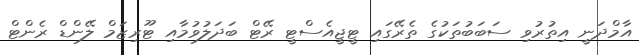
އާމްދަނީ އިތުރުވި ސަބަބުތަކުގެ ތެރޭގައި ޓީޖީއެސްޓީ ރޭޓް ބަދަލުވުމާއި ޓޫރިޒަމް ލޭންޑް ރެންޓް